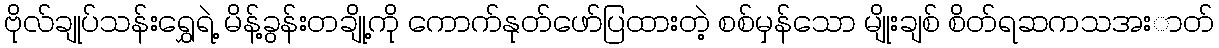
ဗိုလ်ချုပ်သန်းရွှေရဲ့ မိန့်ခွန်းတချို့ကို ကောက်နုတ်ဖော်ပြထားတဲ့ စစ်မှန်သော မျိုးချစ် စိတ်ရဆကသအးာတ်